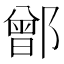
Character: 鄫